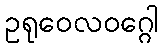
ဥရုဝေလဝဂ္ဂေါ